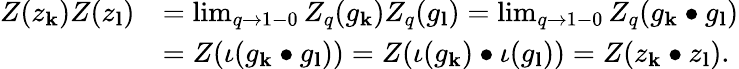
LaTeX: \begin{array}{rl}{Z(z_{\mathbf{k}})Z(z_{\mathbf{l}})}&{=\operatorname*{lim}_{q\to 1-0}Z_{q}(g_{\mathbf{k}})Z_{q}(g_{\mathbf{l}})=\operatorname*{lim}_{q\to 1-0}Z_{q}(g_{\mathbf{k}}\bullet g_{\mathbf{l}})}\\ &{=Z(\iota(g_{\mathbf{k}}\bullet g_{\mathbf{l}}))=Z(\iota(g_{\mathbf{k}})\bullet\iota(g_{\mathbf{l}}))=Z(z_{\mathbf{k}}\bullet z_{\mathbf{l}}).}\end{array}